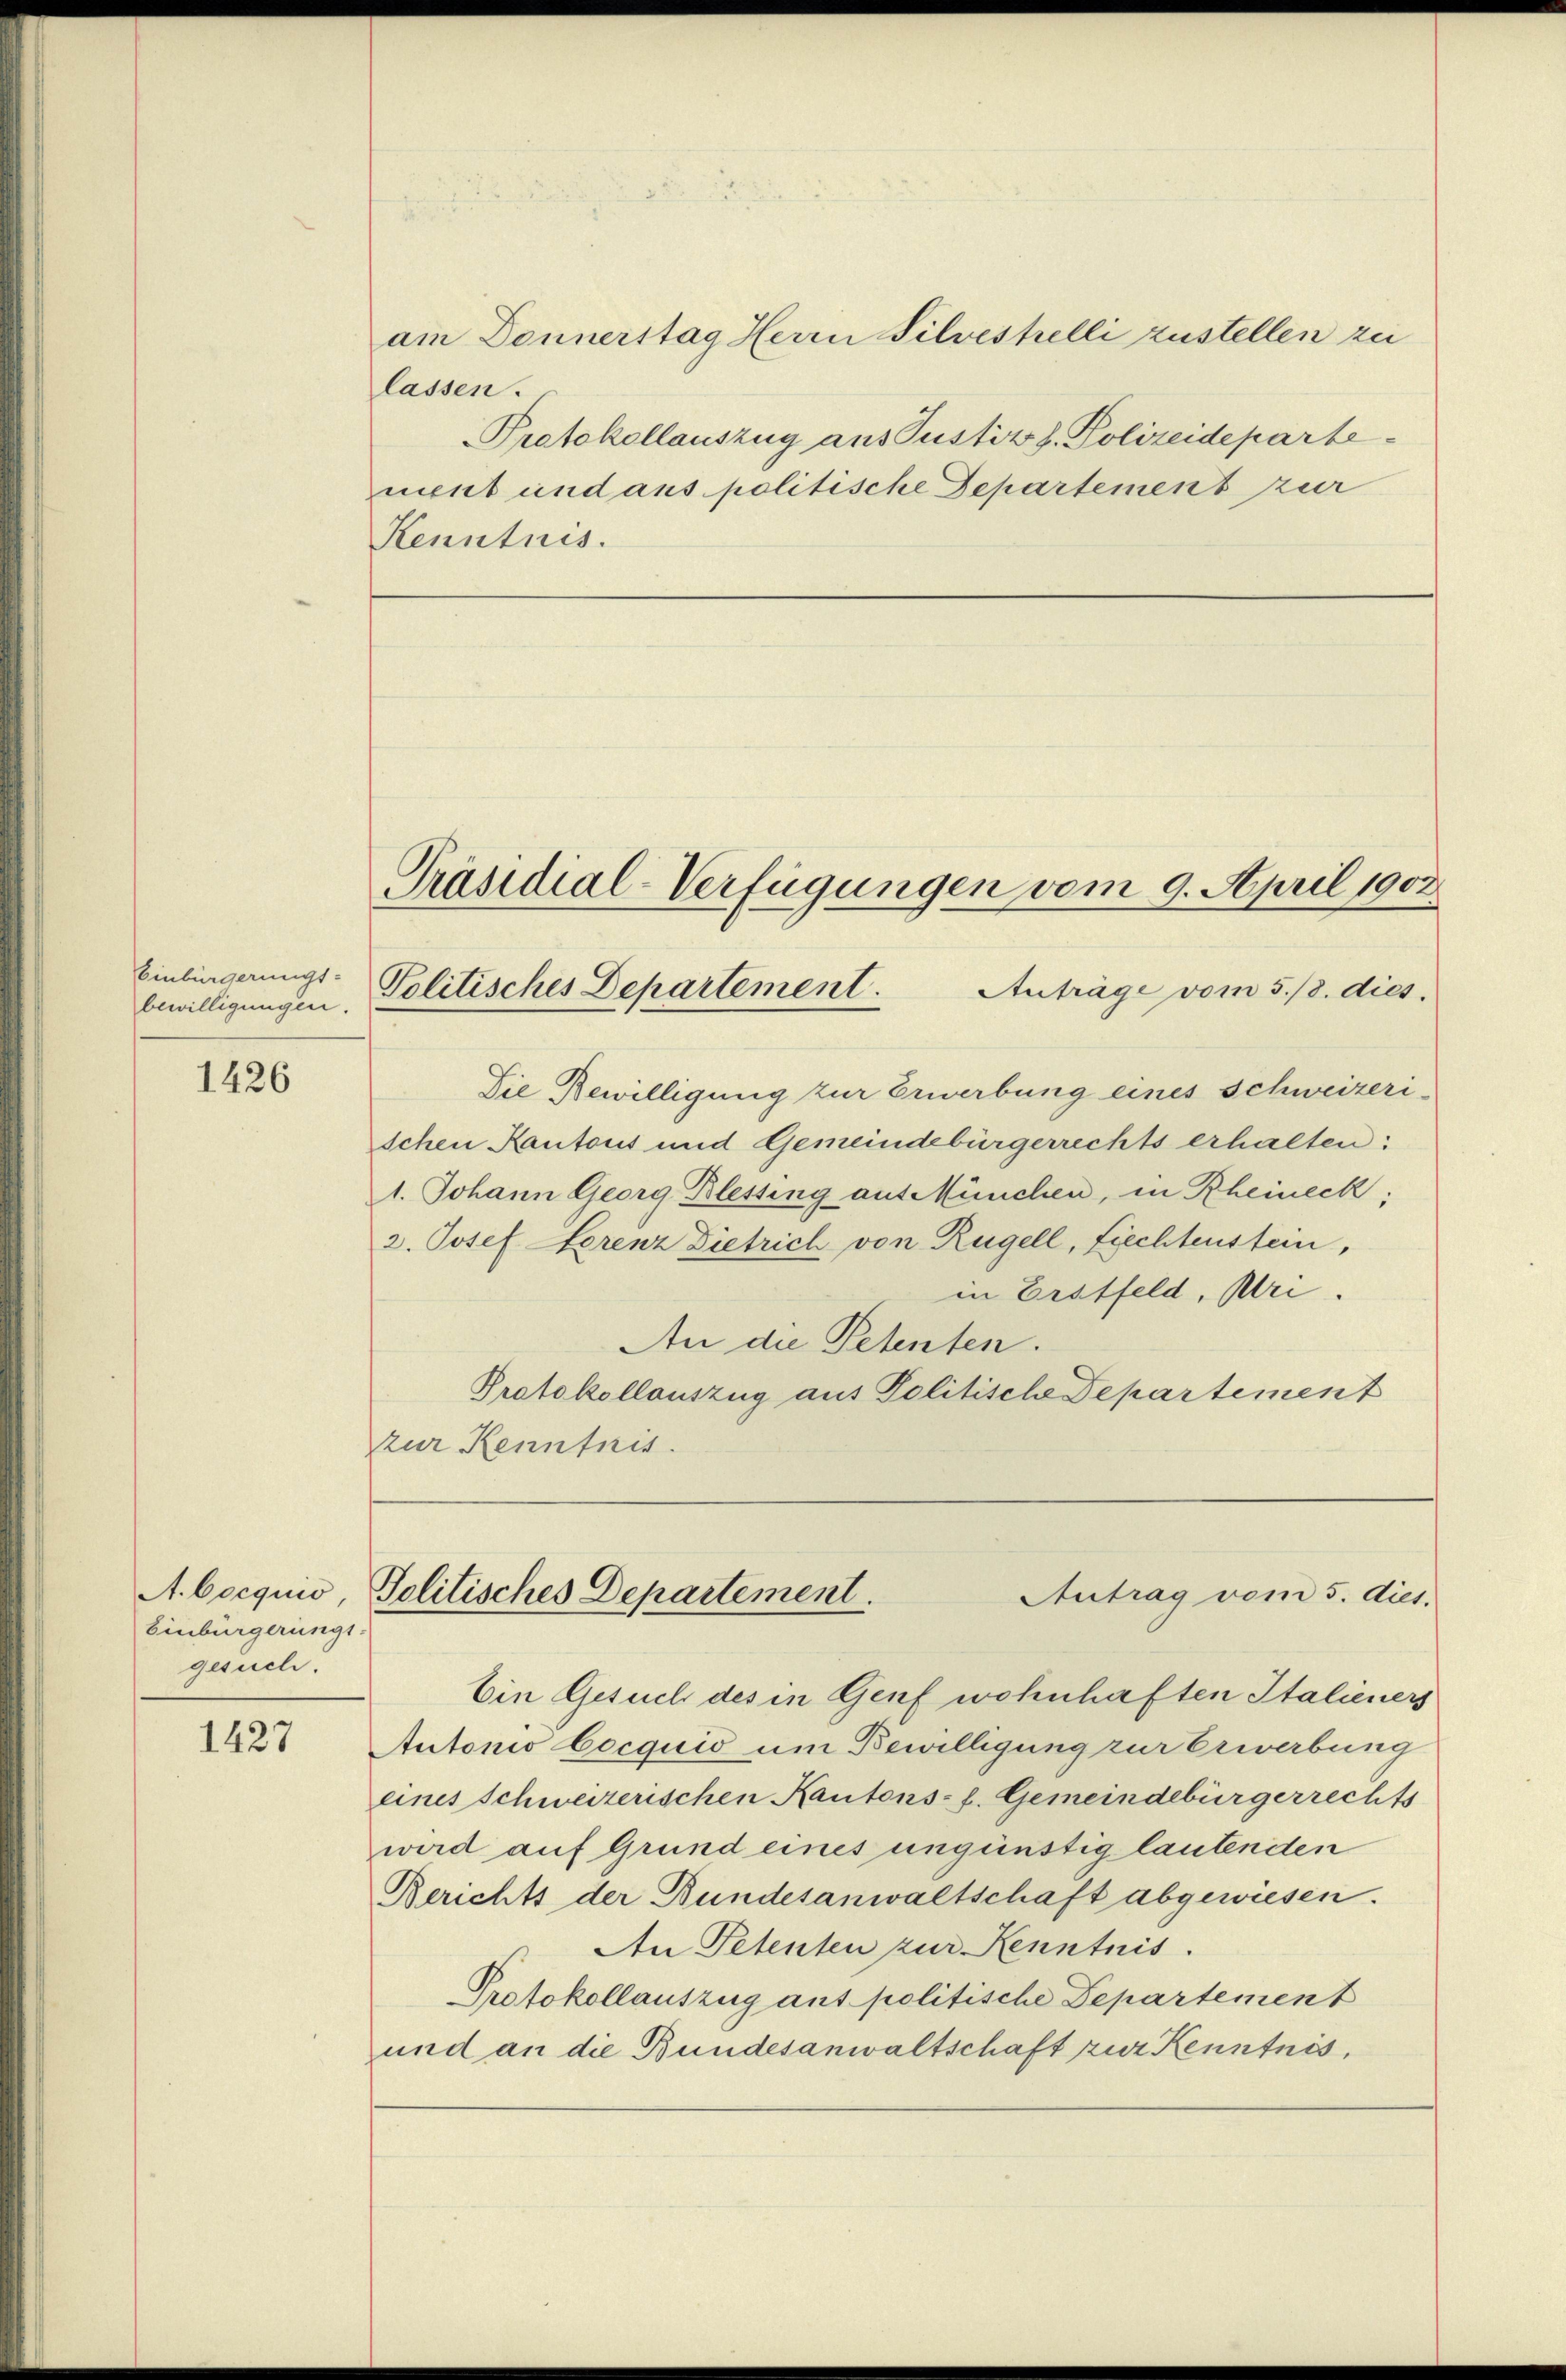
Einbürgerungs-
bewilligungen.

1426

A. bocquio,
Einburgeringt:
gesuch.

1427

Präsidial-Verfügungen vom 9. April 1902
Politisches Departement.
Anträge vom 5./8. dies

lassen.
Kenntnis.

Die Bewilligung zur Erwerbung eines Schweizeri-
schen Kantons und Gemeindebürgerrechts erhalten:
1. Johann Georg Blessing aus München, in Rheineck;
2. Josef Serenz Dietrich von Rügell, Liechtenstein,
in Erstfeld, Mei
An die Petenten.
Protokollauszug aus Politische Departement
zur Kenntnis.

Protokollauszug aus Justiz h. Polizeideparte
ment und aus politische Departement zur

am Donnerstag Herrn Silvestelli zustellen zei

Politisches Departement.
Antrag vom 5. dies.

Ein Gesuch des in Genf wohnhaften Italieners
Autonio Cocquid um Bewilligung zur Erwerbung
eines Schweizerischen Kantons- f. Gemeindebürgerrechts
wird auf Grund eines ungünstig lautenden
Berichts der Bundesanwaltschaft abgewiesen.
An Petenten zur Kenntnis.
Protokollauszug ant politische Departement
und an die Bundesanwaltschaft zur Kenntnis,